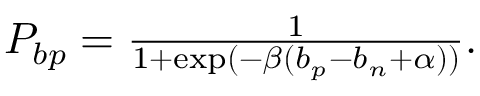
\begin{array} { r } { P _ { b p } = \frac { 1 } { 1 + \exp ( - \beta ( b _ { p } - b _ { n } + \alpha ) ) } . } \end{array}